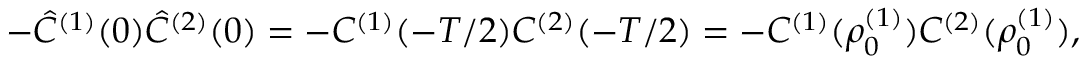
- \hat { C } ^ { ( 1 ) } ( 0 ) \hat { C } ^ { ( 2 ) } ( 0 ) = - C ^ { ( 1 ) } ( - T / 2 ) C ^ { ( 2 ) } ( - T / 2 ) = - C ^ { ( 1 ) } ( \rho _ { 0 } ^ { ( 1 ) } ) C ^ { ( 2 ) } ( \rho _ { 0 } ^ { ( 1 ) } ) ,